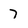
Character: 7